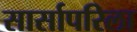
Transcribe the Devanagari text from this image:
सार्सापरिला